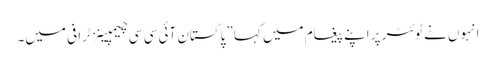
انہوں نے ٹوئٹر پر اپنے پیغام میں کہا ”پاکستان آئی سی سی چیمپینز ٹرافی میں۔